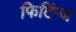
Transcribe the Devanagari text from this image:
फिटिंग्ज